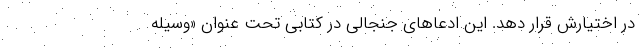
در اختیارش قرار دهد. این ادعاهای جنجالی در کتابی تحت عنوان «وسیله